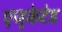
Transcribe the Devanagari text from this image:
एजुकेटेड